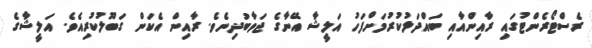
ރެސްޓޯރެންޓުގައި ރާއިންއާއި ބައްދަލުކުރުމަށްފަހު އަލީޝާ އޭނާގެ ޖަވާބުދިނެވެ. ރާއިން އެކަން ގަބޫލުކުރިއެވެ. އަލީޝާގެ